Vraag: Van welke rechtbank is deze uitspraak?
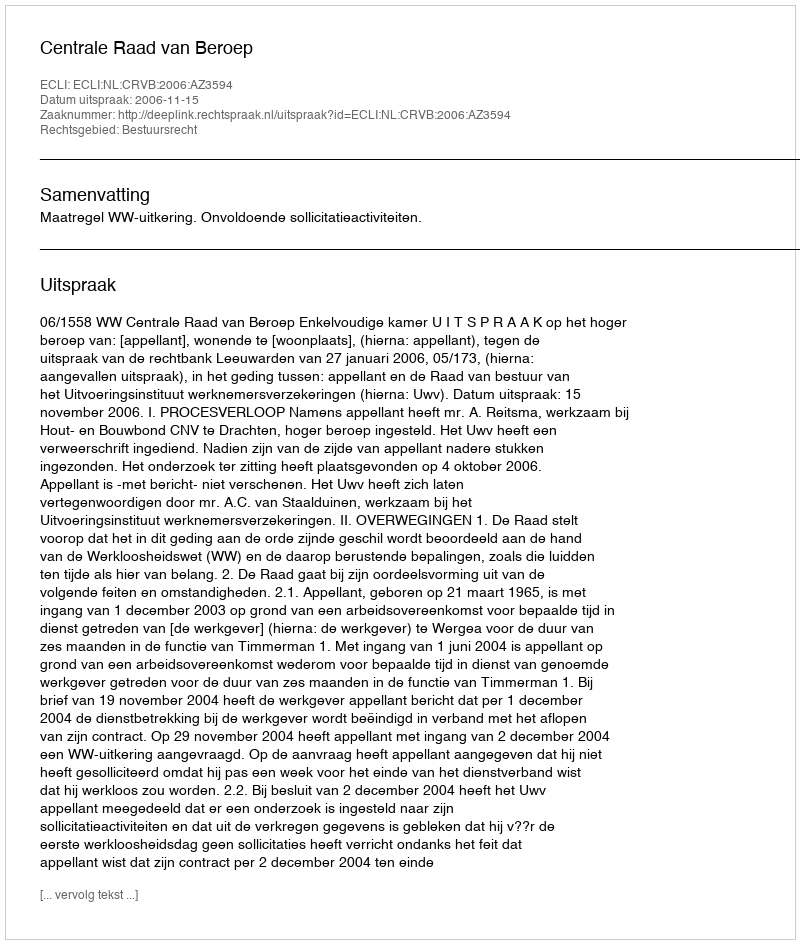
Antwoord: Centrale Raad van Beroep